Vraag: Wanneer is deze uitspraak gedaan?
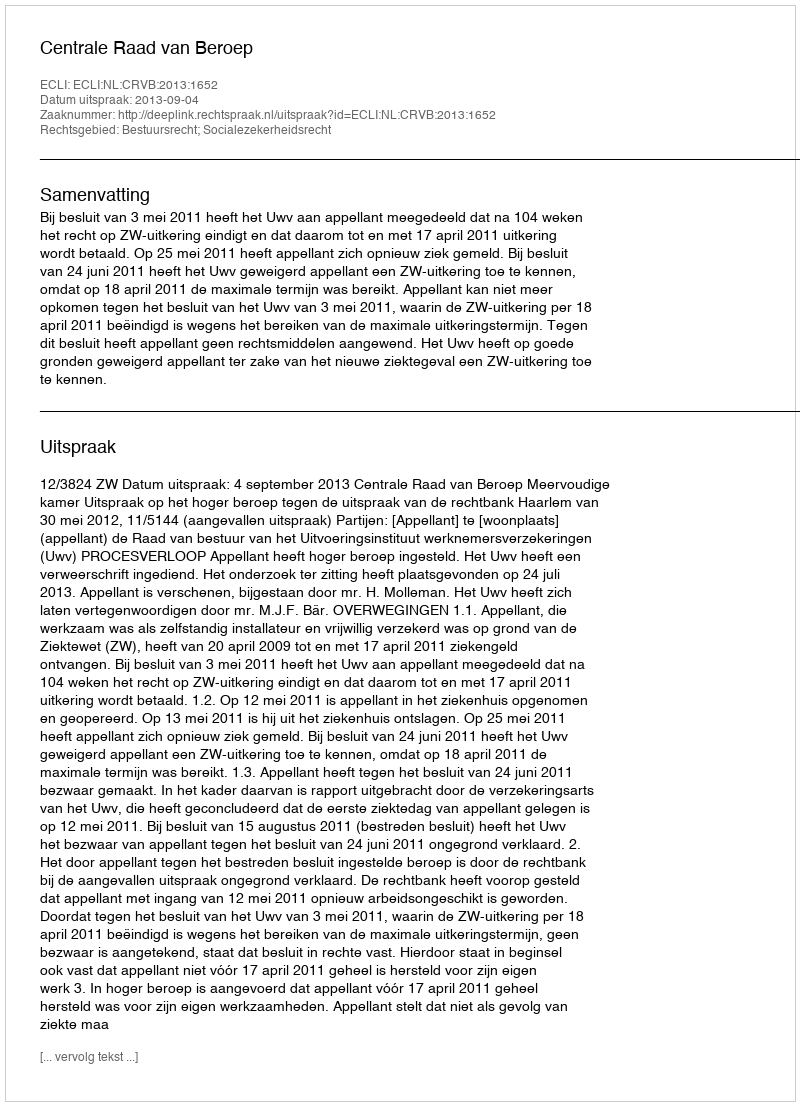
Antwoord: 2013-09-04